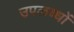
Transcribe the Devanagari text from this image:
उपलब्धों